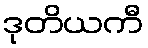
ဒုတိယကီ